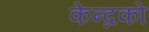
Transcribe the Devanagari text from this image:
केन्द्रको